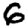
Digit: 6